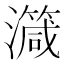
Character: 𱩺